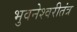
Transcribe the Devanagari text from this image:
भुवनेश्वरीतंत्र